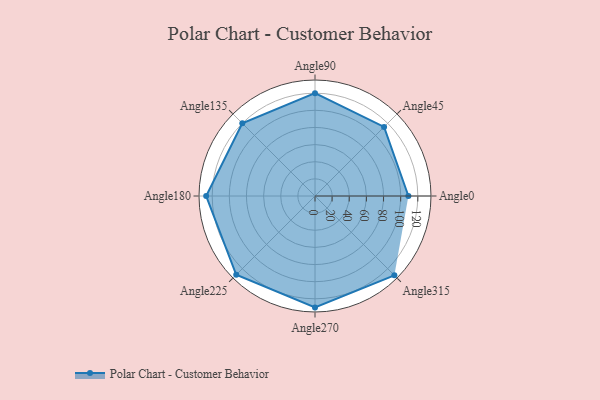
{"axis": {"x": "Angle", "y": "Radius"}, "legend": [""], "data": [{"x": "Angle0", "y": 109.0, "type": ""}, {"x": "Angle45", "y": 114.0, "type": ""}, {"x": "Angle90", "y": 120.0, "type": ""}, {"x": "Angle135", "y": 120.0, "type": ""}, {"x": "Angle180", "y": 127.0, "type": ""}, {"x": "Angle225", "y": 130.0, "type": ""}, {"x": "Angle270", "y": 130.0, "type": ""}, {"x": "Angle315", "y": 131.0, "type": ""}]}